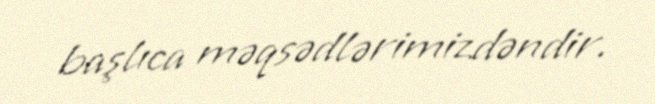
başlıca məqsədlərimizdəndir.